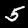
Digit: 5